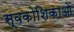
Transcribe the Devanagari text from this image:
स्वकोशिकाओं